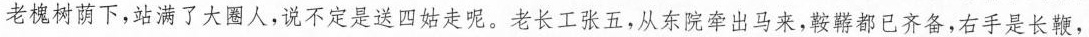
老槐树荫下，站满了大圈人，说不定是送四姑走呢。老长工张五，从东院牵出马来，鞍鞯都已备齐，右手是长鞭，